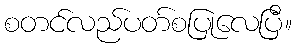
စတင်လည်ပတ်စပြုလေပြီ။